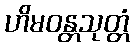
ဟိမဝန္တသုတ္တံ